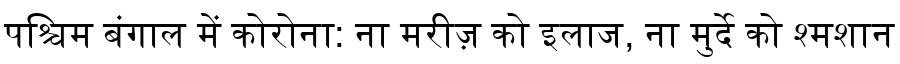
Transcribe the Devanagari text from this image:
पश्चिम बंगाल में कोरोना: ना मरीज़ को इलाज, ना मुर्दे को श्मशान